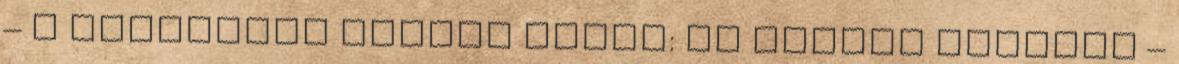
– A Végítélet Filmes sarok: Az éhezők viadala –